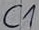
Text: C1